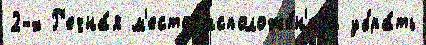
2-х Р'ечна́я м'есторасположе́н'иjа убра́ть